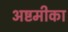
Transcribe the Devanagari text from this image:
अष्टमीका